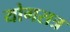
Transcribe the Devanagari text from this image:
योगसत्र